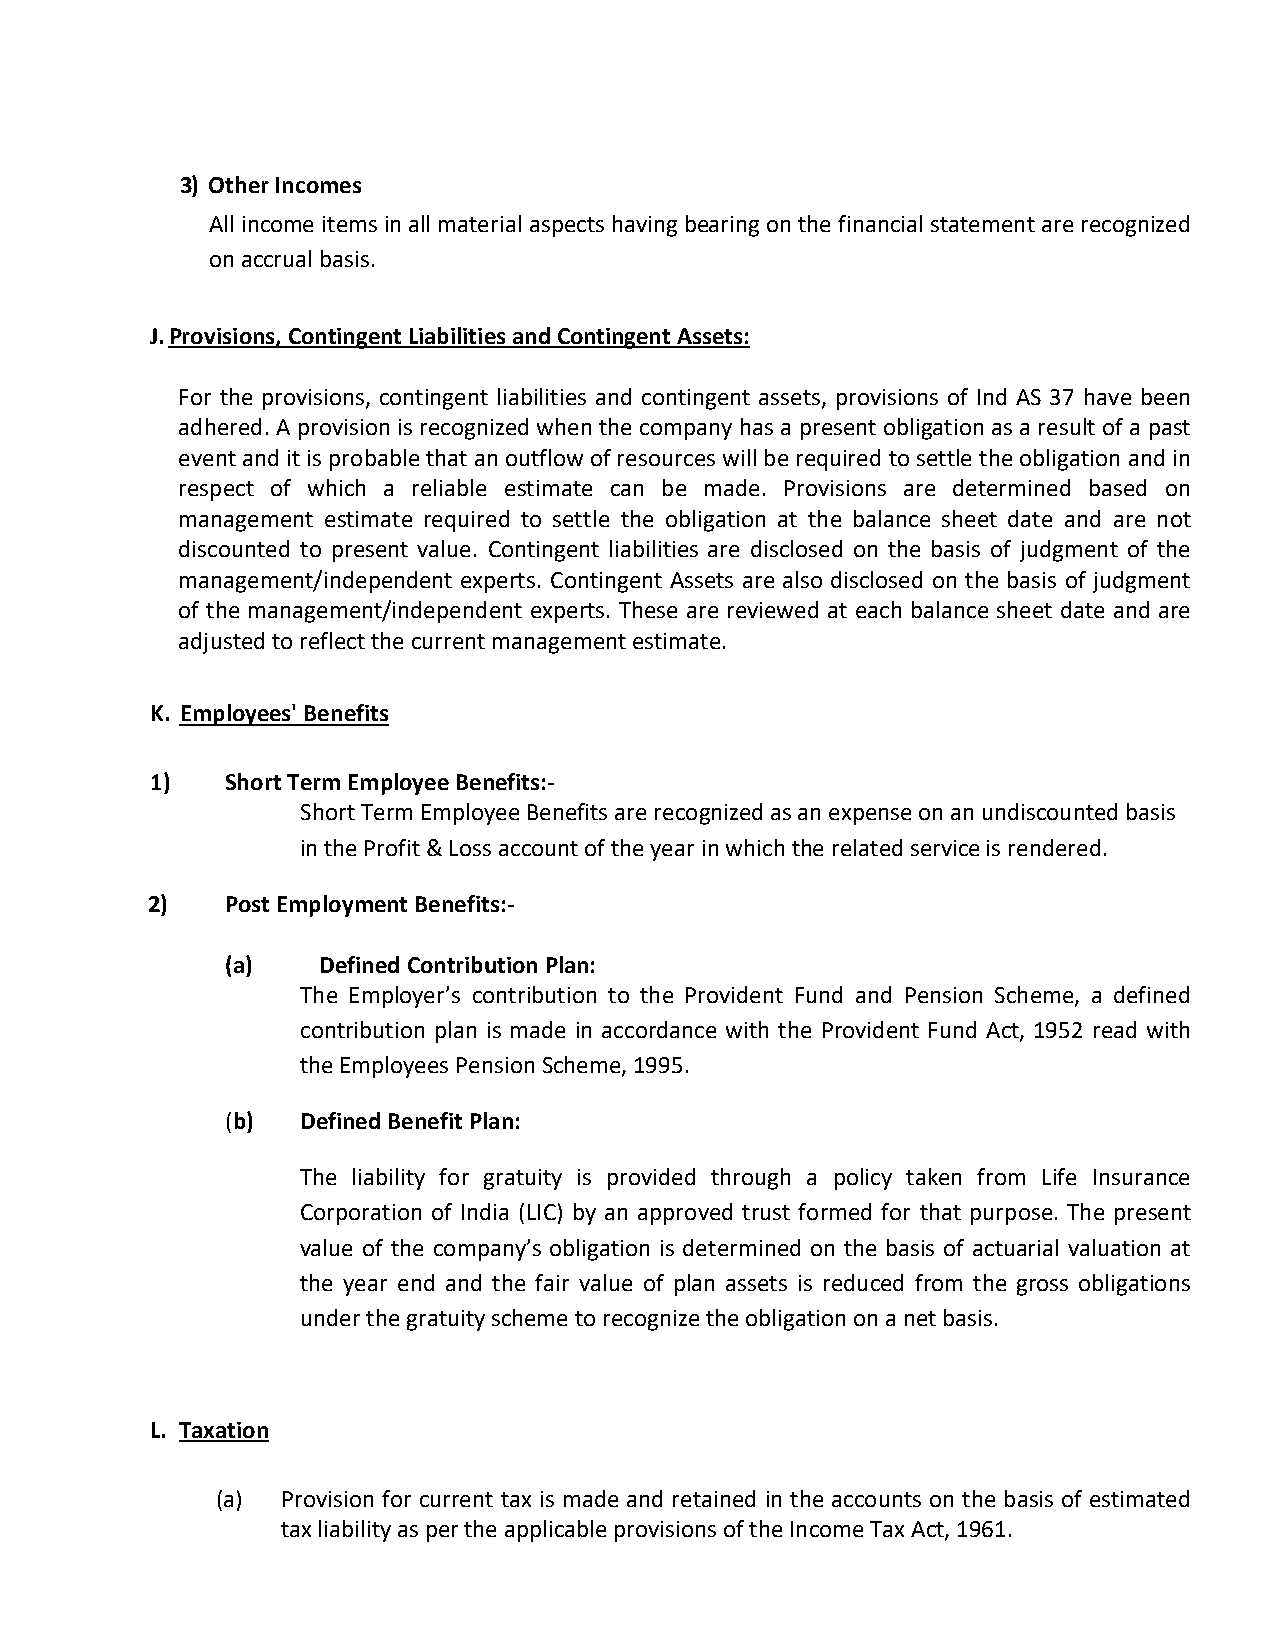
3) Other Incomes
 All income items in all material aspects having bearing on the financial statement are recognized
 on accrual basis.
 J. Provisions, Contingent Liabilities and Contingent Assets:
 For the provisions, contingent liabilities and contingent assets, provisions of Ind AS 37 have been
 adhered. A provision is recognized when the company has a present obligation as a result of a past
 event and it is probable that an outflow of resources will be required to settle the obligation and in
 respect of which a reliable estimate can be made. Provisions are determined based on
 management estimate required to settle the obligation at the balance sheet date and are not
 discounted to present value. Contingent liabilities are disclosed on the basis of judgment of the
 management/independent experts. Contingent Assets are also disclosed on the basis of judgment
 of the management/independent experts. These are reviewed at each balance sheet date and are
 adjusted to reflect the current management estimate.
 K. Employees' Benefits
 1)   Short Term Employee Benefits:-
 Short Term Employee Benefits are recognized as an expense on an undiscounted basis
 in the Profit & Loss account of the year in which the related service is rendered.
 2)   Post Employment Benefits:-
 (a)   Defined Contribution Plan:
 The Employer’s contribution to the Provident Fund and Pension Scheme, a defined
 contribution plan is made in accordance with the Provident Fund Act, 1952 read with
 the Employees Pension Scheme, 1995.
 (b)  Defined Benefit Plan:
 The liability for gratuity is provided through a policy taken from Life Insurance
 Corporation of India (LIC) by an approved trust formed for that purpose. The present
 value of the company’s obligation is determined on the basis of actuarial valuation at
 the year end and the fair value of plan assets is reduced from the gross obligations
 under the gratuity scheme to recognize the obligation on a net basis.
 L. Taxation
 (a)  Provision for current tax is made and retained in the accounts on the basis of estimated
 tax liability as per the applicable provisions of the Income Tax Act, 1961.